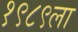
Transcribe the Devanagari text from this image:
१९८९ला